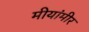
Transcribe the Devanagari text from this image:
मीयांमीर